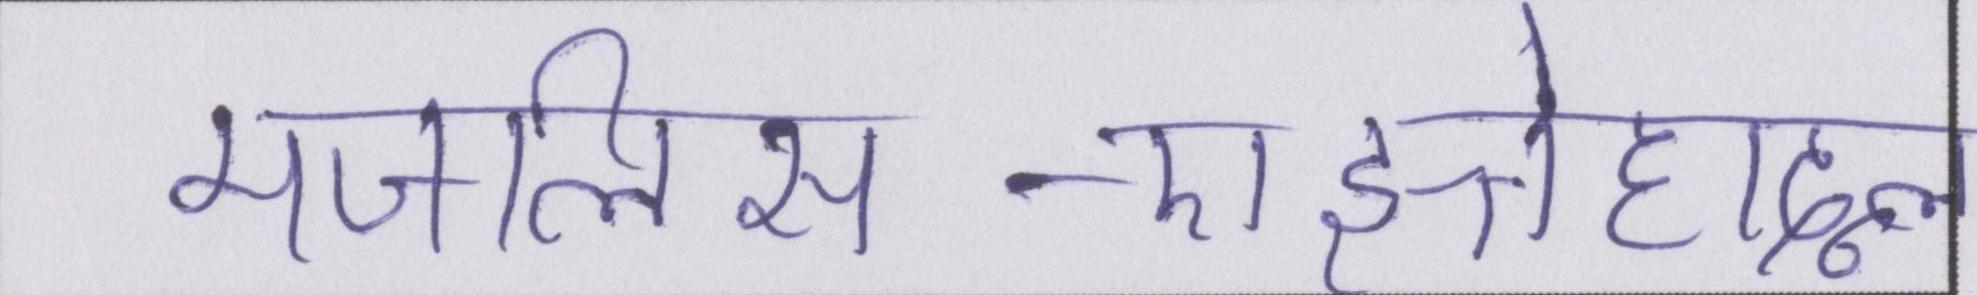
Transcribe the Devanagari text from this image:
मजलिस-ए-इत्तेहादुल